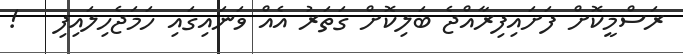
ރަސްމީކޮށް ފަށައިފިރާއްޖެ ބަލިކޮށް ގަތަރު އެއް ވަނައިގައި ހަަަމަޖެހިލައިފި   !